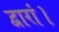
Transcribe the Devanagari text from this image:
द्वारां।